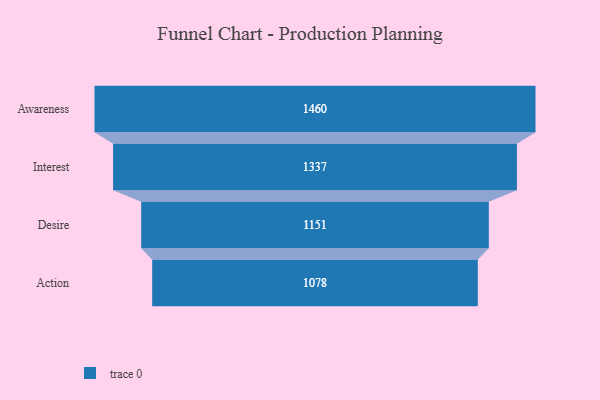
{"axis": {"x": "Stage", "y": "Value"}, "legend": [""], "data": [{"x": "Awareness", "y": 1460.0, "type": ""}, {"x": "Interest", "y": 1337.0, "type": ""}, {"x": "Desire", "y": 1151.0, "type": ""}, {"x": "Action", "y": 1078.0, "type": ""}]}